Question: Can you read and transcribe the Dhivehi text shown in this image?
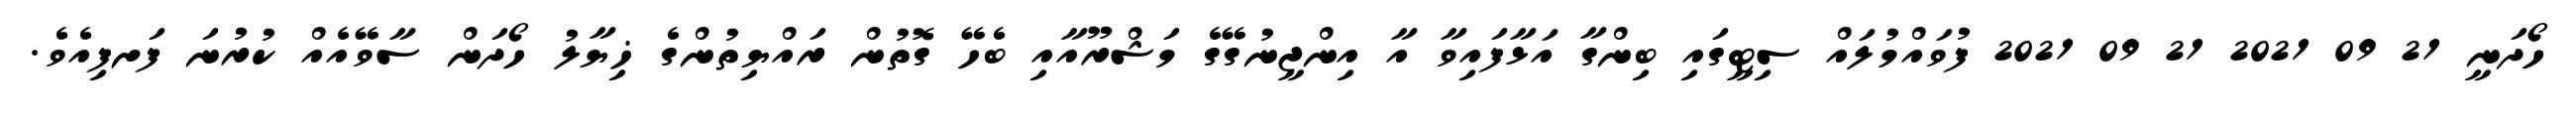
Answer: ހޯދަނީ 21 09 2021 21 09 2021 ފުވައްމުލައް ސިޓީގައި ބިންގާ އަޅާފައިވާ އާ އިންޖީނުގޭގެ މަޝްރޫއާއި ބެހޭ ގޮތުން ރައްޔިތުންގެ ޚިޔާލު ހޯދަން ސާވޭއެއް ކުރުނަ ފަށފިއެވެ.